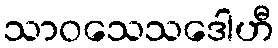
သာဝသေသဒေါဟီ